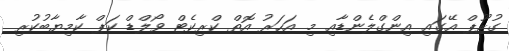
ގުރޫޕް އޭގައި އިންގްލެންޑާއި މި އަހަރު އޮތް ކްރިކެޓް ވޯލްޑް ކަޕް ކާމިޔާބުކުރި